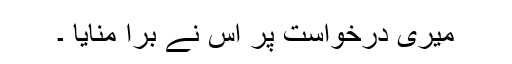
میری درخواست پر اُس نے بُرا منایا ۔